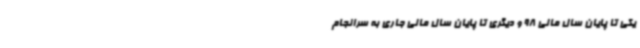
یکی تا پایان سال مالی 98 و دیگری تا پایان سال مالی جاری به سرانجام